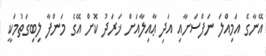
އޭނާގެ އަމިއްލަ ނަފްސަށާއި އަދި ޢާއިލާއަށް ޚަރަދު ކޮށް އޭގެ މަންފާ ލިބިގަތުމަކީ